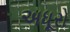
અધૂરો